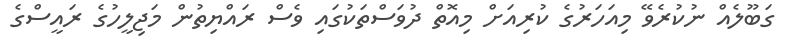
ގަބޫލެއް ނުކުރެވޭ މިއަހަރުގެ ކުރިއަށް މިއޮތް ދުވަސްތަކުގައި ވެސް ރައްޔިތުން މަޖިލީހުގެ ރައީސްގެ